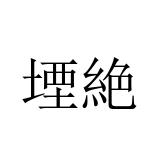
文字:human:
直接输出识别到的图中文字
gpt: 堙絶